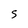
Character: 5